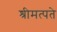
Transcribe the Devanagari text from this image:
श्रीमत्पते